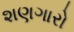
શણગારો